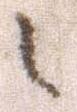
之